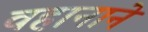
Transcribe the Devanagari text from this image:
वहानाने